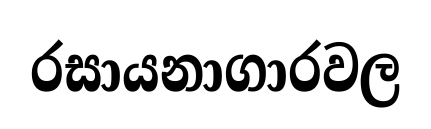
රසායනාගාරවල